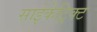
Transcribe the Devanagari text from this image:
साईकेट्रिक्ट